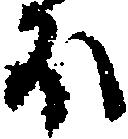
ほ